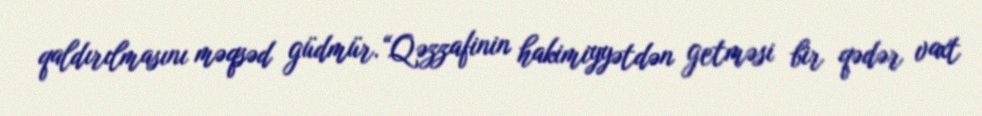
qaldırılmasını məqsəd güdmür.“Qəzzafinin hakimiyyətdən getməsi bir qədər vaxt